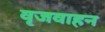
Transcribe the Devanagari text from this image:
वृजवाहन